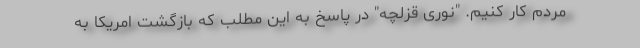
مردم کار کنیم. "نوری قزلچه" در پاسخ به این مطلب که بازگشت امریکا به